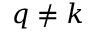
q \ne k